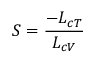
S = \frac { - L _ { c T } } { L _ { c V } }